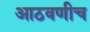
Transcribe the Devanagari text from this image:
आठवणीच